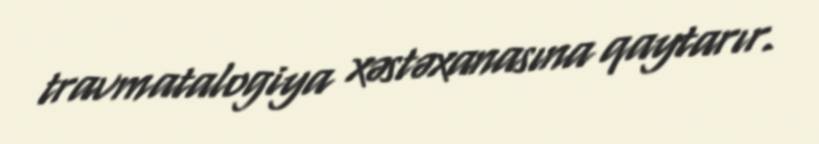
travmatalogiya xəstəxanasına qaytarır.